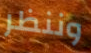
وننظر